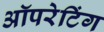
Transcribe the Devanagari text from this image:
अॉपरेटिंग